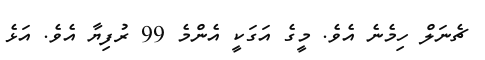
ޗެނަލް ހިމެނެ އެވެ. މީގެ އަގަކީ އެންމެ 99 ރުފިޔާ އެވެ. އަޅެ